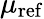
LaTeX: \mu_{\mathrm{ref}}